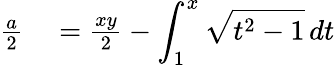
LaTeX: \begin{array}{rl}{{\frac{a}{2}}}&{{}={\frac{xy}{2}}-\displaystyle\int_{1}^{x}{\sqrt{t^{2}-1}}\, dt}\end{array}